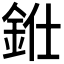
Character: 𨦁